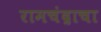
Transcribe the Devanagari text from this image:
रामचंद्राचा